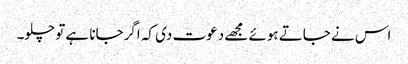
اس نے جاتے ہوئے مجھے دعوت دی کہ اگرجانا ہے تو چلو۔